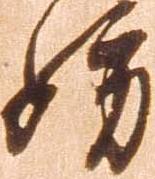
妨